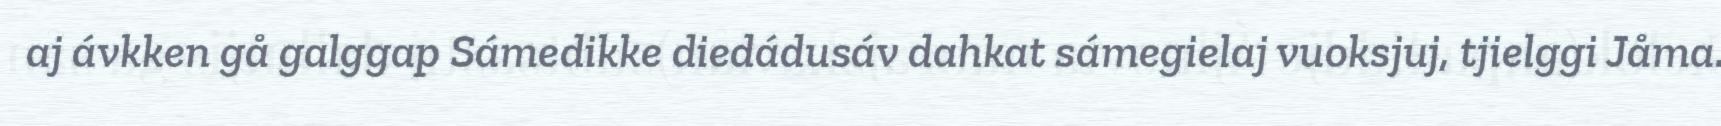
aj ávkken gå galggap Sámedikke diedádusáv dahkat sámegielaj vuoksjuj, tjielggi Jåma.